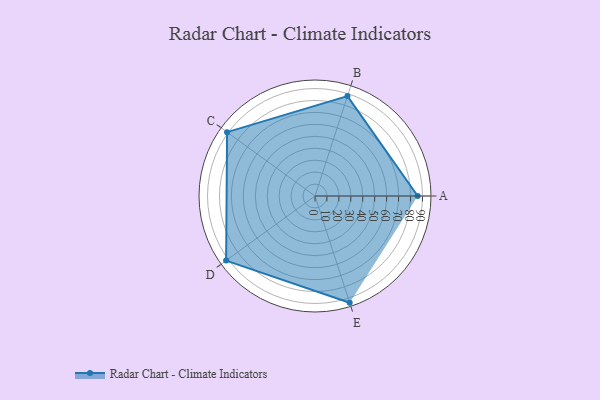
{"axis": {"x": "Skill", "y": "Score"}, "legend": ["Profile"], "data": [{"x": "A", "y": 86.0, "type": "Profile"}, {"x": "B", "y": 88.0, "type": "Profile"}, {"x": "C", "y": 91.0, "type": "Profile"}, {"x": "D", "y": 92.0, "type": "Profile"}, {"x": "E", "y": 94.0, "type": "Profile"}]}